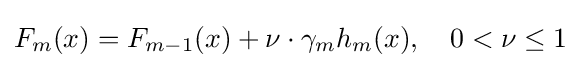
F_{m}(x)=F_{m-1}(x)+\nu \cdot \gamma _{m}h_{m}(x),\quad 0<\nu \leq 1